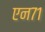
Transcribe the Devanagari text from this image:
एन७१